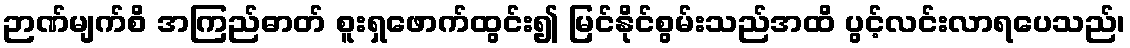
ဉာဏ်မျက်စိ အကြည်ဓာတ် စူးရှဖောက်ထွင်း၍ မြင်နိုင်စွမ်းသည်အထိ ပွင့်လင်းလာရပေသည်၊